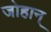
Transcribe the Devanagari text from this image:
जोहान्